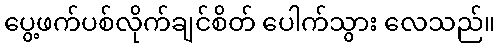
ပွေ့ဖက်ပစ်လိုက်ချင်စိတ် ပေါက်သွား လေသည်။